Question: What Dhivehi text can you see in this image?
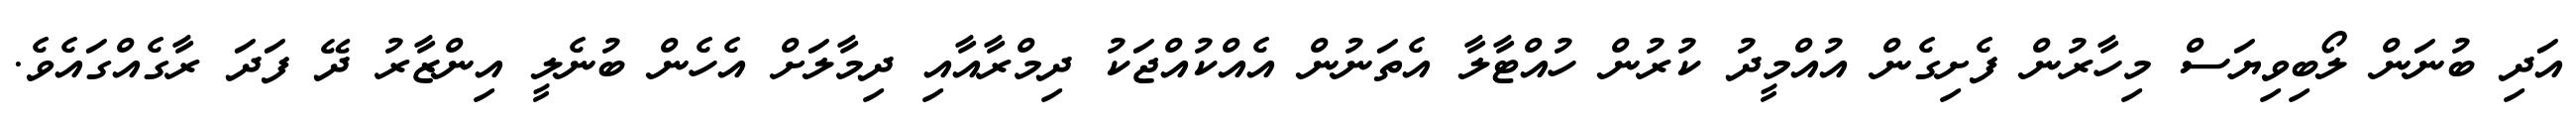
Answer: އަދި ބުނަން ލޯބިވިޔަސް މިހާރުން ފެށިގެން އުއްމީދު ކުރުން ހުއްޓާލާ އެތަނުން އެއްކުއްޖަކު ދިމްރާއާއި ދިމާލަށް އެހެން ބުނެލީ އިންޒާރު ދޭ ފަދަ ރާގެއްގައެވެ.